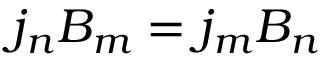
j _ { n } B _ { m } = j _ { m } B _ { n }